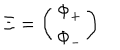
\Xi = \left( \begin{matrix} { { \Phi _ { + } } } \\ { { \Phi _ { - } } } \\ \end{matrix} \right)